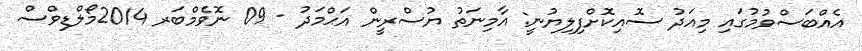
އެއްބަސްވުމުގައި މިއަދު ސޮއިކޮށްފިލިޔުނީ: އާމިނަތު ޔުސްރީން އަޙްމަދު - 09 ނޮވެމްބަރ 2014މޯލްޑިވްސް